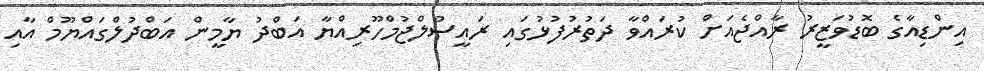
އިންޑިއާގެ ބޮޑުވަޒީރު ރާއްޖެއަށް ކުރައްވާ ދަތުރުފުޅުގައި ރައީސުލްޖުމްހޫރިއްޔާ އަބްދު ޔާމީން އަބްދުލްގައްޔޫމް އާއި